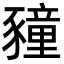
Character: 䝑